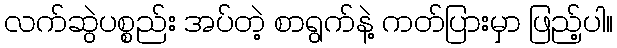
လက်ဆွဲပစ္စည်း အပ်တဲ့ စာရွက်နဲ့ ကတ်ပြားမှာ ဖြည့်ပါ။